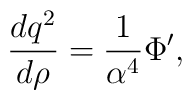
{dq^{2} \over d\rho} = { 1 \over \alpha^{4}} \Phi^{\prime},